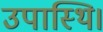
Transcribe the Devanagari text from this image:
उपास्थि।